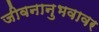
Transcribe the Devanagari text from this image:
जीवनानुभवावर